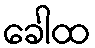
ခေါထ